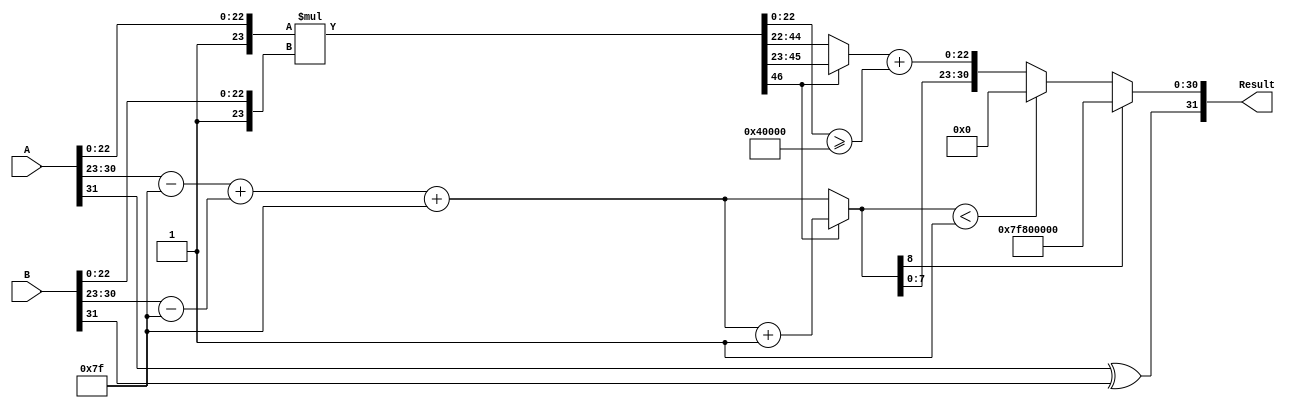
module fp_multiplier (
    input  [31:0] A, // First floating-point operand
    input  [31:0] B, // Second floating-point operand
    output [31:0] Result // Product of the two floating-point operands
);

    // IEEE 754 components
    wire sign_a = A[31];
    wire sign_b = B[31];
    wire sign_result = sign_a ^ sign_b; // Result sign is XOR of input signs

    wire [7:0] exp_a = A[30:23];
    wire [7:0] exp_b = B[30:23];
    wire [22:0] mant_a = A[22:0];
    wire [22:0] mant_b = B[22:0];

    // Bias for single-precision floating-point
    localparam BIAS = 8'd127;

    // Extracting and adjusting exponents
    wire [7:0] exp_a_adjusted = exp_a - BIAS; // Adjust exponent A
    wire [7:0] exp_b_adjusted = exp_b - BIAS; // Adjust exponent B
    wire [8:0] exp_result = exp_a_adjusted + exp_b_adjusted + BIAS; // Add adjusted exponents

    // Normalizing mantissas (adding implicit leading 1)
    wire [23:0] mant_a_normalized = {1'b1, mant_a}; // 1.mant_a
    wire [23:0] mant_b_normalized = {1'b1, mant_b}; // 1.mant_b

    // Mantissa multiplication (result will be 46 bits)
    wire [46:0] mant_product = mant_a_normalized * mant_b_normalized;

    // Normalization of the result
    wire [23:0] mantissa_result;
    wire [8:0] exp_final;
    wire normalize_shift;

    // Check if mant_product requires normalization
    assign normalize_shift = mant_product[46]; // Check if the product is >= 2
    assign mantissa_result = normalize_shift ? mant_product[45:23] : mant_product[44:22];
    assign exp_final = normalize_shift ? exp_result + 1 : exp_result;

    // Rounding logic (round to nearest even)
    wire round_bit = (mant_product[22:0] >= 23'h4_0000); // Check for rounding condition
    wire [23:0] mantissa_rounded = mantissa_result + round_bit;

    // Handle overflow and underflow
    wire overflow = exp_final[8]; // Check if the exponent exceeds 255
    wire underflow = (exp_final < 8'd1); // Check if the exponent is less than 1

    // Result construction
    assign Result = (overflow) ? {sign_result, 8'hFF, 23'b0} : // Infinity
                    (underflow) ? {sign_result, 8'b0, 23'b0} : // Underflow (zero)
                    {sign_result, exp_final[7:0], mantissa_rounded[22:0]}; // Normal case

endmodule